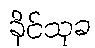
ခိုင်သုခ